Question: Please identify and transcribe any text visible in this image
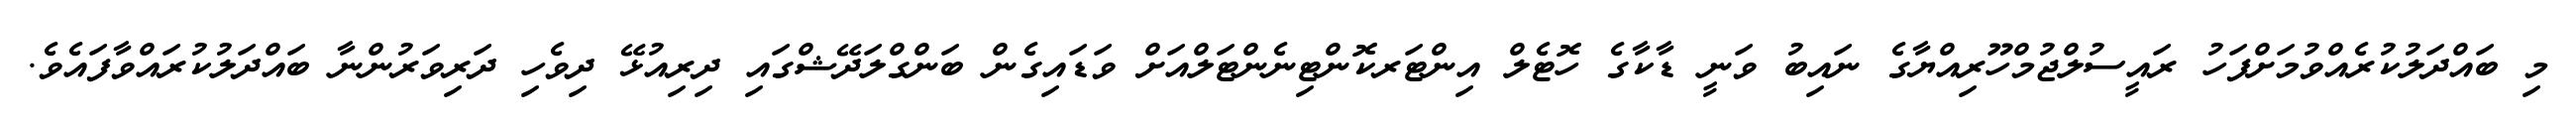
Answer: މި ބައްދަލުކުރެއްވުމަށްފަހު ރައީސުލްޖުމްހޫރިއްޔާގެ ނައިބު ވަނީ ޑާކާގެ ހޮޓެލް އިންޓަރކޮންޓިނެންޓަލްއަށް ވަޑައިގެން ބަންގްލަދޭޝްގައި ދިރިއުޅޭ ދިވެހި ދަރިވަރުންނާ ބައްދަލުކުރައްވާފައެވެ.